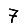
Digit: 7